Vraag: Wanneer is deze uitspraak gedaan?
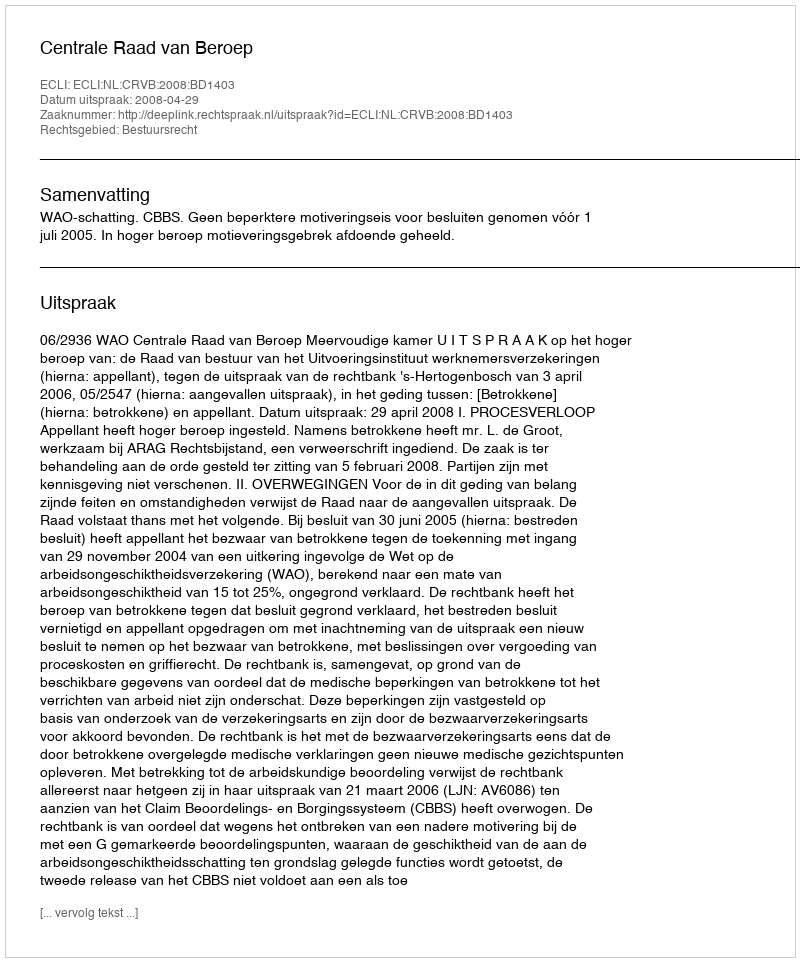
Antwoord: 2008-04-29